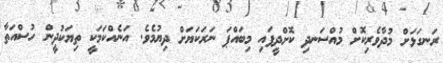
ރަނގަޅަށް މުދާވެރިކޮށް މުއްސަނދި ކޮށްދީފައި މިބައްޕަ ނަރަކަޔަށް ދިޔުމެވެ. އަނެއްކަމަކީ ތިޔަކުދީން ހުސްއަތާ